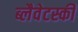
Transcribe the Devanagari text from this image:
ब्लैवेटस्की